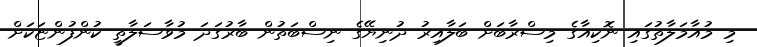
މި މުއާމަލާތުގައި ނޮކިއާގެ މިސްރާބަށް ބަލާއިރު ދުނިޔޭގެ ނިސްބަތުން ބާރުގަދަ މުވާސަލާތީ ކުންފުންޏަކަށް